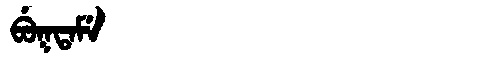
Manchu: ᠪᡠᡴᡨᠠᠮᡝ
Romanization: BUKTAME